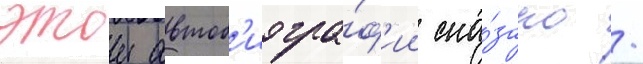
этои автоб'иогра́ф'ии ска́зано /